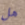
هل